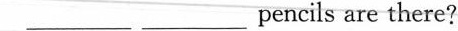
___ ___pencils are there?